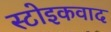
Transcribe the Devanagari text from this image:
स्टोइकवाद